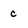
Character: C